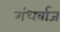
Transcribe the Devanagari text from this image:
गंधर्वाज